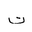
Letter: _ta